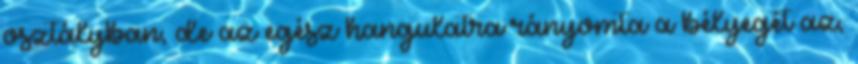
osztályban, de az egész hangulatra rányomta a bélyegét az,